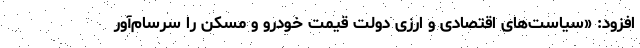
افزود: «سیاست‌های اقتصادی و ارزی دولت قیمت خودرو و مسکن را سرسام‌آور